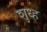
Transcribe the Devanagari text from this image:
शुध्ह